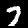
Label: 7